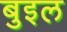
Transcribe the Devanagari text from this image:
बुइल